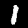
Digit: 1